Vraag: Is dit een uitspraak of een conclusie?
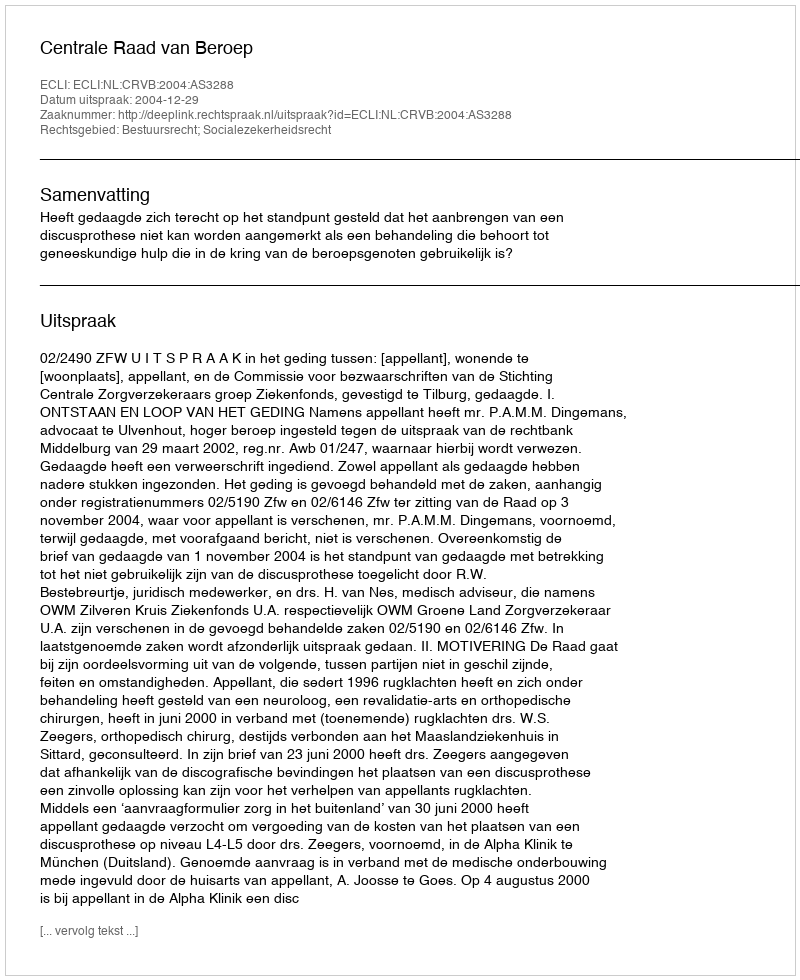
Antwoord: Uitspraak